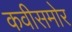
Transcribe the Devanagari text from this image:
कवीसमोर